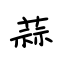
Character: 蒜